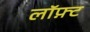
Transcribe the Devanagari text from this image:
लॉफ़्ट